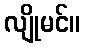
လျိုမင်။